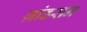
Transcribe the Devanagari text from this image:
ग्रांडसन